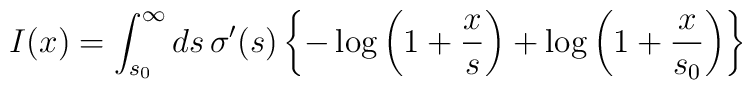
I(x)=\int_{s_0}^\infty ds\,\sigma^\prime(s)\left\{-\log\left(1+{x\over s}\right)+\log\left(1+{x\over s_0}\right)\right\}